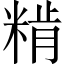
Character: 𥺾